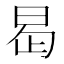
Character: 𭥭